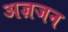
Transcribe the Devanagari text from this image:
अज्ञजन